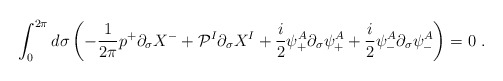
\begin{align*}\int^{2\pi}_0 d \sigma \left( - \frac{1}{2\pi} p^+ \partial_\sigma X^- + {\cal P}^I \partial_\sigma X^I + \frac{i}{2} \psi^A_+ \partial_\sigma \psi^A_+ + \frac{i}{2} \psi^A_- \partial_\sigma \psi^A_- \right) = 0 ~.\end{align*}